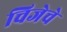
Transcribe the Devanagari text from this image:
चिजेचे